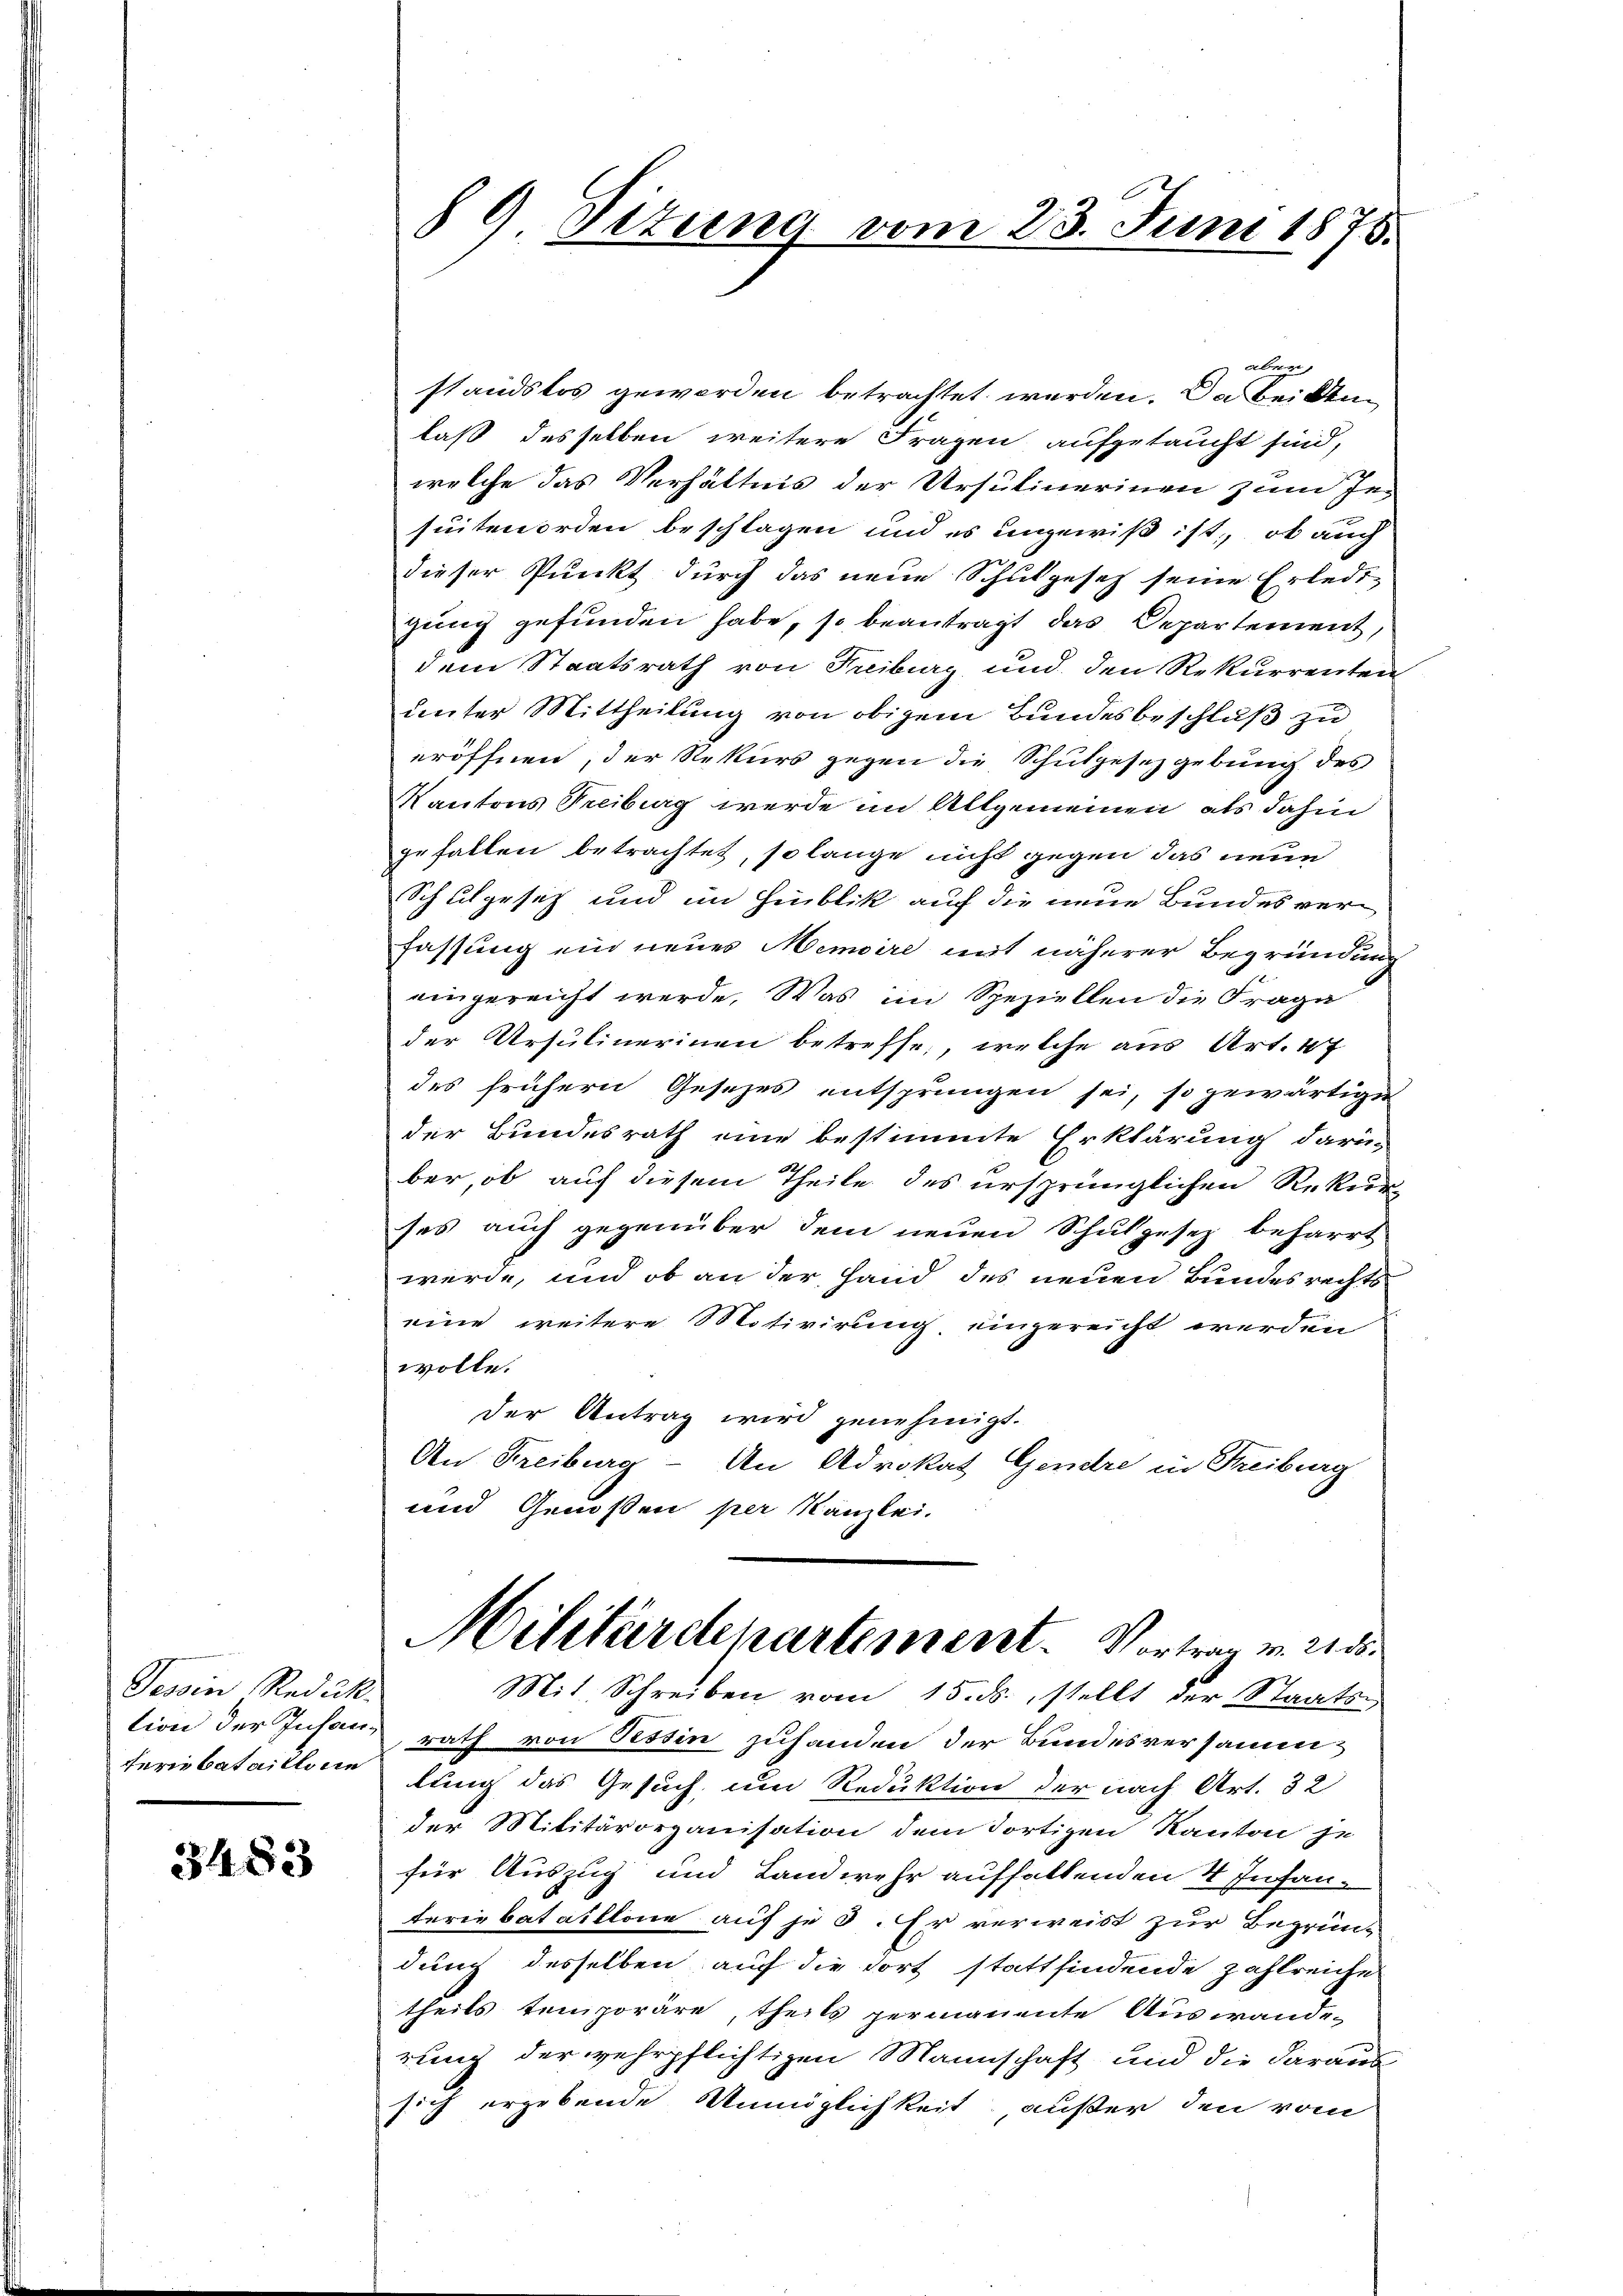
Tesoin Reduk
tion der Infanferbataillone

3483

§ 9. Dezung vom 23. Juni 1875.

aber
standslos geworden betrachtet werden. Da beidenlaß desselben weitere Fragen aufgetaucht sind,
welche das Verhältnis der Ursulinerinen zum In-
suitenorden beschlagen und es ungewiß ist, ob auch
dieser Punkt durch das neue Schulgesetz seine Erledi
gung gefunden habe, so beantragt das Departement,
dem Staatsrath von Freiburg und den Rekurrenten
unter Mittheilung von obigem Bundesbeschluß zu
eröffnen, der Rekurs gegen die Schulgesetzgebung des
Kantons Treiburg werde im Allgemeinen, als dahin
gefallen betrachtet, so lange nicht gegen das neue
Schulgesetz und im Hinblik auf die neue Bundes verfassung ein neues Memoire mit näherer Begründung
eingereicht werde. Was im Speziellen die Frage
der Ursulinerinen betreffe, welche aus Art. 47
des frühern Gesetzes entsprungen sei, so gewärtigen
der Bundesrath eine bestimmte Erklärung darüber, ob auf diesem Theile des ursprünglichen Rekurses auch gegenüber dem neuen Schulgesez beharrt
werde, und ob an der Hand des neuen Bundesrechts
eine weitere Motivirung eingereicht werden
wolle.
der Antrag wird genehmigt.
An Freiburg - An Advokat Gendre in Freiburg
und Genossen per Kanzlei.
Militärdepartement. Vortrag v. 21. ds.
Mit Schreiben vom 15. ds. stellt der Staatsrath von Tessin zuhanden der Bundesversammlung das Gesuch, um Reduktion der nach Art. 32
der Militärorganisation dem Portigen Kanton je
für Auszug und Landwehr aufhaltenden 4 Infanteriebataillone auf je 3. Er verweist zur Begrün-
dung desselben auf die fort stattfindende Zahlreiche
theils temporäre, theils permanente Auswande
rung der wehrpflichtigen Mannschaft und die daraus
sich ergebende Unmöglichkeit, außer den vom